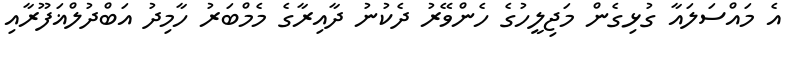
އެ މައްސަލައާ ގުޅިގެން މަޖިލީހުގެ ހެންވޭރު ދެކުނު ދާއިރާގެ މެމްބަރު ހާމިދު އަބްދުލްޣަފޫރާއި